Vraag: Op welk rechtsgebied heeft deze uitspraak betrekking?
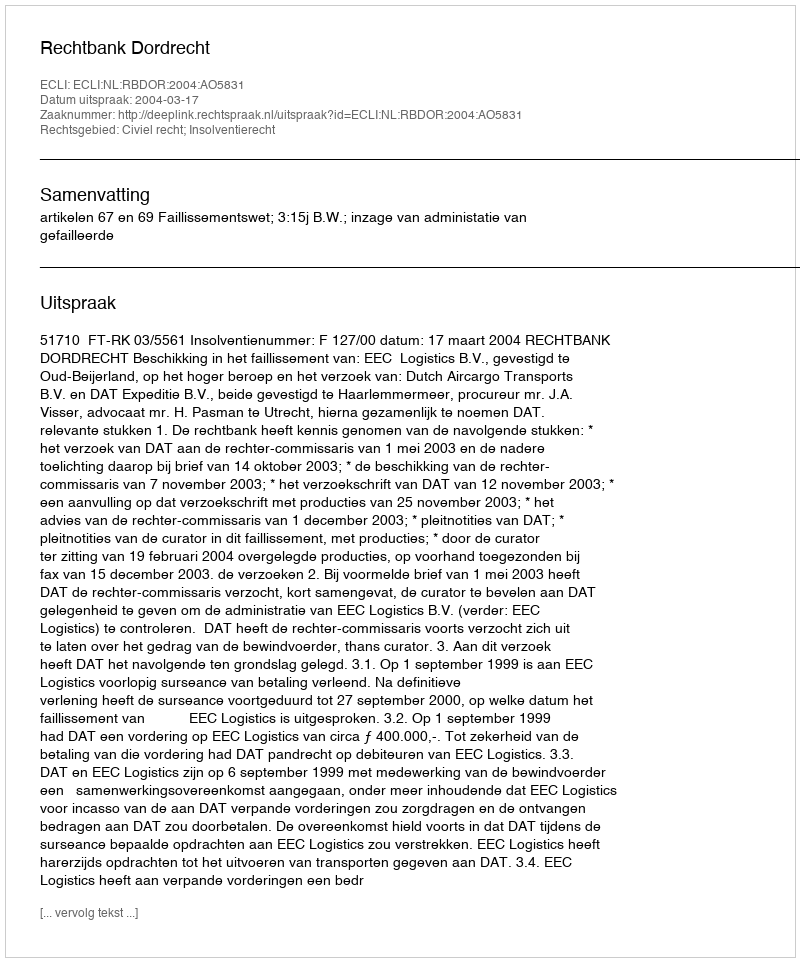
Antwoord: Civiel recht; Insolventierecht